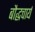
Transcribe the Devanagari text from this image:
बौद्धचार्य